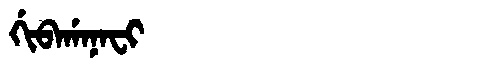
Manchu: ᡤᡳᠪᠠᡤᠠᠨᠠᠸᡳ
Romanization: GIBAGANAFI